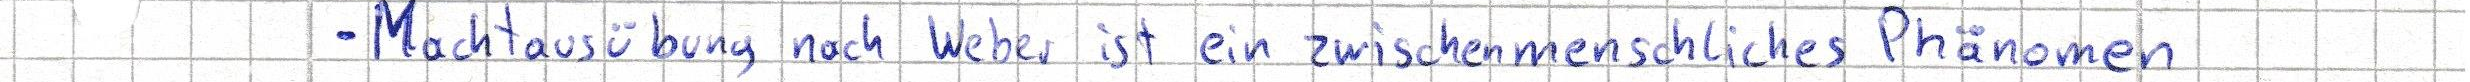
- Machtausübung nach Weber ist ein zwischenmenschliches Phänomen